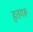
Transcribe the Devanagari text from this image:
हतगरू